Report of the Indian Hemp Drugs Commission, 1894-1895 - Volume V
Year: 1894
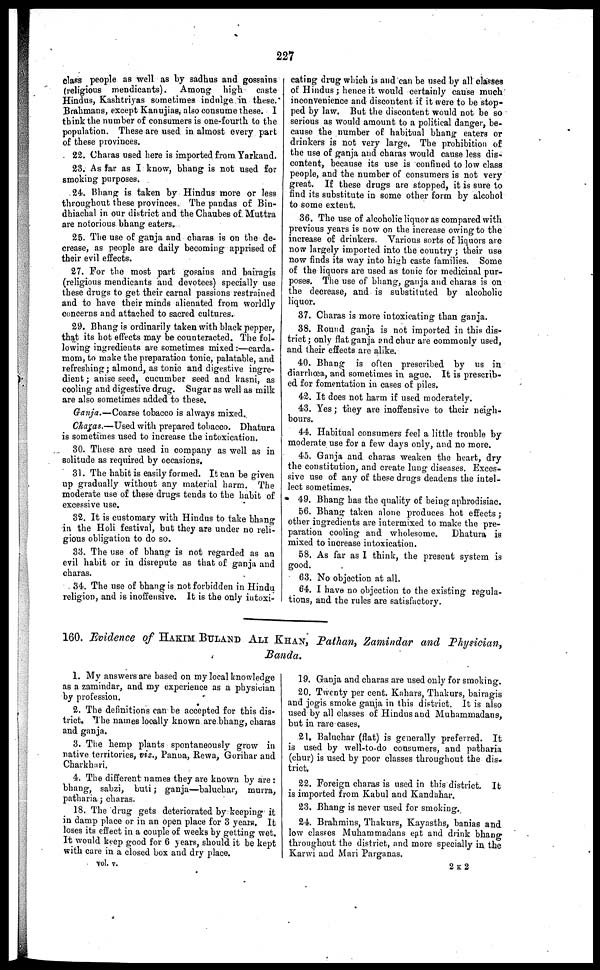
227
class people as well as by sadhus and gossains
(religious mendicants). Among high
caste
Hindus, Kashtriyas sometimes indulge in these.
Brahmans, except Kanujias, also consume these. I
think the number of consumers is one-fourth to the
population. These are used in almost every part
of these provinces.
22. Charas used here is imported from Yarkand.
23. As far as I know, bhang is not used for
smoking purposes.
24. Bhang is taken by Hindus more or less
throughout these provinces. The pandas of Bin-
dhiachal in our district and the Chaubes of. Muttra
are notorious bhang eaters.
25. The use of ganja and charas is on the de-
crease, as people are daily becoming apprised of
their evil effects.
27. For the most part gosains and bairagis
(religious mendicants and devotees) specially use
these drugs to get their carnal passions restrained
and to have their minds alienated from worldly
concerns and attached to sacred cultures.
29. Bhang is ordinarily taken with black pepper,
that its hot effects may be counteracted. The fol-
lowing ingredients are sometimes mixed :—carda-
mom, to make the preparation tonic, palatable, and
refreshing ; almond, as tonic and digestive ingre-
dient ; anise seed, cucumber seed and kasni, as
cooling and digestive drug. Sugar as well as milk
are also sometimes added to these.
Ganja.—Coarse tobacco is always mixed.
Charas.—Used with prepared tobacco. Dhatura
is sometimes used to increase the intoxication.
30. These are used in company as well as in
solitude as required by occasions.
31. The habit is easily formed. It can be given
up gradually without any material harm. The
moderate use of these drugs tends to the habit of
excessive use.
32. It is customary with Hindus to take bhang
in the Holi festival, but they are under no reli-
gious obligation to do so.
33. The use of bhang is not regarded as an
evil habit or in disrepute as that of ganja and
charas.
34. The use of bhang is not forbidden in Hindu
religion, and is inoffensive. It is the only intoxi-
cating drug which is and can be used by all classes
of Hindus ; hence it would certainly cause much
inconvenience and discontent if it were to be stop-
ped by law. But the discontent would not be so
serious as would amount to a political danger, be-
cause the number of habitual bhang eaters or
drinkers is not very large. The prohibition of
the use of ganja and charas would cause less dis-
content, because its use is confined to low class
people, and the number of consumers is not very
great. If these drugs are stopped, it is sure to
find its substitute in some other form by alcohol
to some extent.
36. The use of alcoholic liquor as compared with
previous years is now on the increase owing to the
increase of drinkers. Various sorts of liquors are
now largely imported into the country ; their use
now finds its way into high caste families. Some
of the liquors are used as tonic for medicinal pur-
poses. The use of bhang, ganja and charas is on
the decrease, and is substituted by alcoholic
liquor.
37. Charas is more intoxicating than ganja.
38. Round ganja is not imported in this dis-
trict ; only flat ganja and chur are commonly used,
and their effects are alike.
40. Bhang is often prescribed by us in
diarrhœa, and sometimes in ague. It is prescrib-
ed for fomentation in cases of piles.
42. It does not harm if used moderately.
43. Yes ; they are inoffensive to their neigh-
bours.
44. Habitual consumers feel a little trouble by
moderate use for a few days only, and no more.
45. Ganja and charas weaken the heart, dry
the constitution, and create lung diseases. Exces-
sive use of any of these drugs deadens the intel-
lect sometimes.
49. Bhang has the quality of being aphrodisiac.
56. Bhang taken alone produces hot effects ;
other ingredients are intermixed to make the pre-
paration cooling and wholesome. Dhatura is
mixed to increase intoxication.
58. As far as I think, the present system is
good.
63. No objection at all.
64. I have no objection to the existing regula-
tions, and the rules are satisfactory.
160. Evidence of HAKIM BULAND ALI KHAN, Pathan, Zamindar and Physician,
Banda.
1. My answers are based on my local knowledge
as a zamindar, and my experience as a physician
by profession.
2. The definitions can be accepted for this dis-
trict. The names locally known are bhang, charas
and ganja.
3. The hemp plants spontaneously grow in
native territories, viz., Panna, Rewa, Gorihar and
Charkhari.
4. The different names they are known by are :
bhang, sabzi, buti ; ganja—baluchar, murra,
patharia ; charas.
18. The drug gets deteriorated by keeping it
in damp place or in an open place for 3 years. It
loses its effect in a couple of weeks by getting wet.
It would keep good for 6 years, should it be kept
with care in a closed box and dry place.
19. Ganja and charas are used only for smoking.
20. Twenty per cent. Kahars, Thakurs, bairagis
and jogis smoke ganja in this district. It is also
used by all classes of Hindus and Muhammadans,
but in rare cases.
21. Baluchar (flat) is generally preferred. It
is used by well-to-do consumers, and patharia
(chur) is used by poor classes throughout the dis-
trict.
22. Foreign charas is used in this district. It
is imported from Kabul and Kandahar.
23. Bhang is never used for smoking.
24. Brahmins, Thakurs, Kayasths, banias and
low classes Muhammadans eat and drink bhang
throughout the district, and more specially in the
Karwi and Mari Parganas.
vol. v.
2 K 2